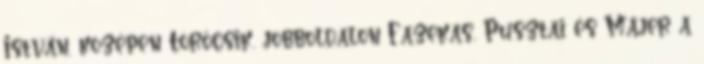
István, középen Törőcsik, jobboldalon Fazekas, Pusztai és Májer a